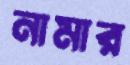
নামার